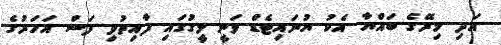
އަދި މިރޭގެ ބައްޔާ އެކު ޔުނައިޓެޑް ވަނީ ލީގުގައި ފާއިތުވި ފަސް އަހަރުގެ